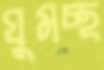
ঘুমচ্ছ